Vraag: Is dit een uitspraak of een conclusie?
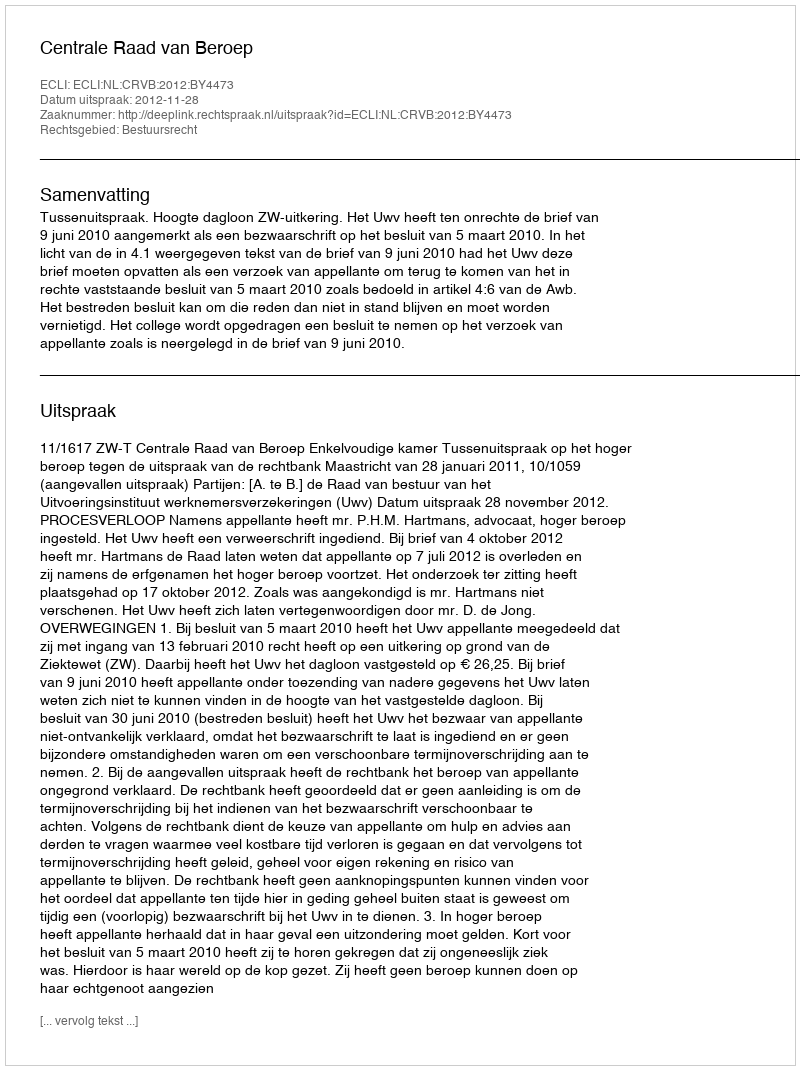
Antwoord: Uitspraak